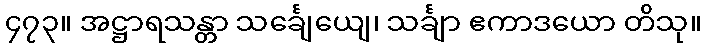
၄၇၃။ အဋ္ဌာရသန္တာ သင်္ချေယျေ၊ သင်္ချာ ဧကာဒယော တိသု။